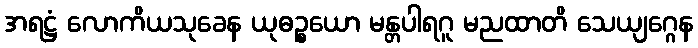
အရဋ္ဌံ လောကိယသုခေန ယုဓဉ္စယော မန္တပါရဂူ မညထာတိ သေယျဂ္ဂေန